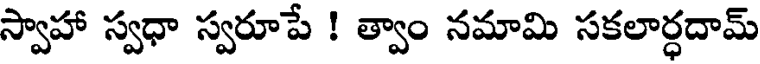
స్వాహా స్వధా స్వరూపే ! త్వాం నమామి సకలార్ధదామ్